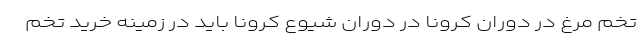
تخم مرغ در دوران کرونا در دوران شیوع کرونا باید در زمینه خرید تخم